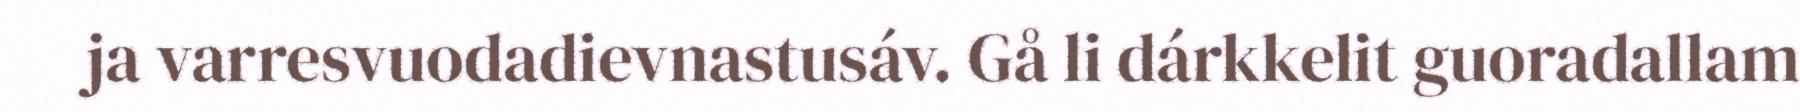
ja varresvuodadievnastusáv. Gå li dárkkelit guoradallam